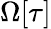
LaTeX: \Omega[\tau]